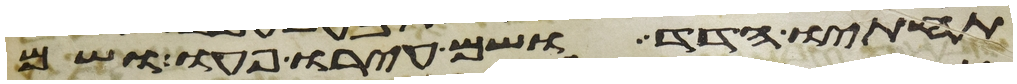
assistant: תחתיו הדד ושם עירו פעו ושם